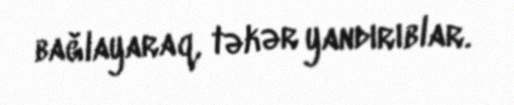
bağlayaraq, təkər yandırıblar.